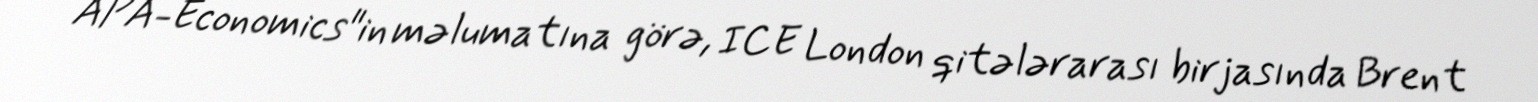
APA-Economics"in məlumatına görə, ICE London qitələrarası birjasında Brent